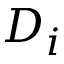
D _ { i }